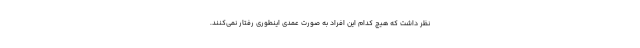
نظر داشت که هیچ کدام این افراد به صورت عمدی اینطوری رفتار نمی‌کنند.